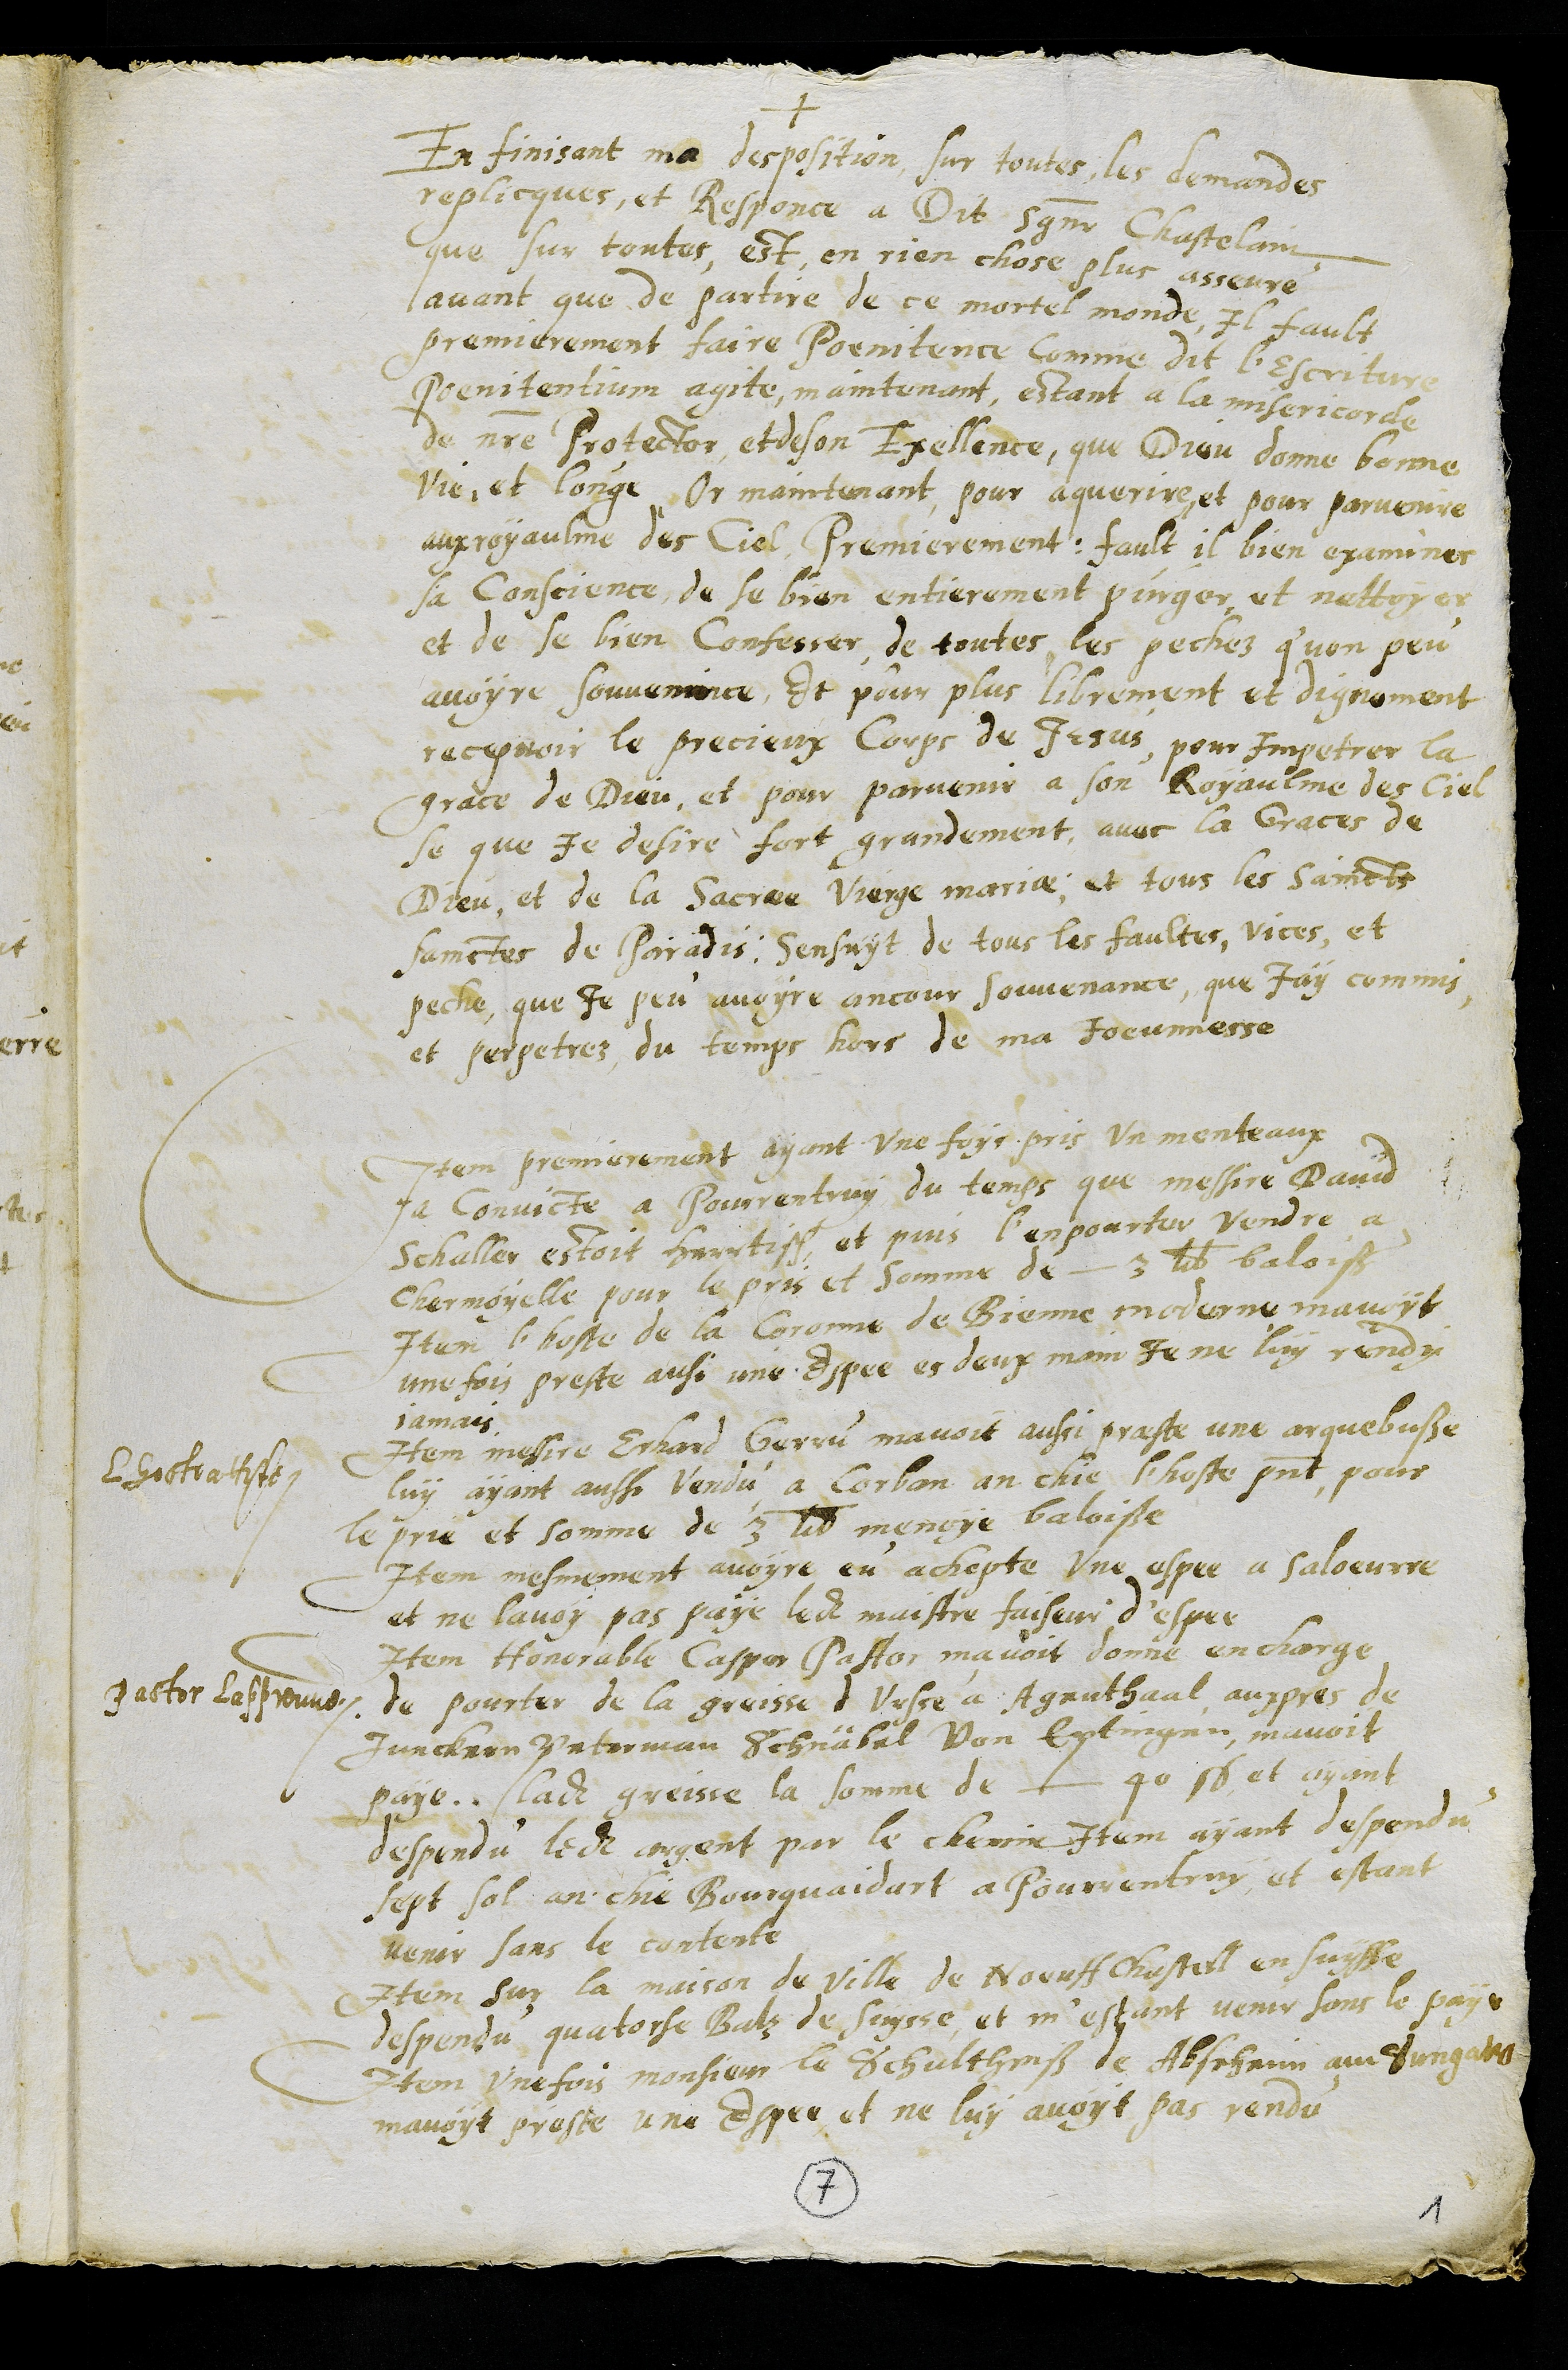
+
En finisant ma desposition, sur toutes les demandes
replicques, et Responce a Dit Seigneur Chastelain
que sur toutes, est en rien chose plus asseuré
avant que de partire de ce mortel monde, il fault
premierement faire Poenitence comme dit l’Escriture
Poenitentium agite, maintenant, estant a la misericorde
de notre Protector, et de son Excellence, que Dieu donne bonne
vie et longe. Or maintenant, pour aquerire, et pour parvenire
au royaulme des Ciel, Premierement, fault il bien examiner
sa conscience, de se bien entierement purger et nettoyer
et de se bien confesser de toutes les pechez quon peu
avoyre souvenir, et pour plus librement et dignement
recepvoir le precieux Corps de Jesus, pour impetrer la
grace de Dieu et pour parvenir a son Royaulme des Ciel
se que je desire fort grandement, avec la Graces de
Dieu, et de la Sacree Vierge mariae, et tous les Saincts
Sainctes de Paradis, sensuyt de tous les faultes, vices, et
peche que je peu avoir ancour souvenance, que Jay commis
et perpetrez du temps hors de ma Joeunnesse
Item premierement ayant une fois pris un menteaux
a convicte a Pourrentruy du temps que messire David
schaller estoit herrtisch, et puis l’enpourter vendre a
Charmoyelle pour le pris et somme de 3 lb balois,
Item lhoste de la Coronne de Bienne moderne mavoyt
une fois preste aussi une espee es deux main Je ne luy rendy
jamais
Item messire Echard Gerru mavoit aussi praeste une arquebuße
luy ayant aussi vendu a Corban en chie lhoste present pour
le prie et somme de 3 lb menoye baloiße
Lhoste atteste
Item mesmement avoyre eu achepte une espee a Saloeurre
et ne lavoy pas paye ledit maistre faiseur d'espee
Item Honorable Caspar Pastor mavoit donne encharge
de pourter de la graisse d’Urse a Agenthaal aupres de
Junckern Peterman Schnäbel von Eptingen, m'avoit
paye ladite greisse la somme de 40 s. et ayant
despondu ledit argent par le chemin
Pastor lapprouve
Item ayant despendu
sept sol an chie Bourquaidart a Pourrentruy et estant
venir sans le contente
Item sur la maison de ville de Noeuff chastell en Suysse,
despondu quatorse Balz de Suysse, et m’estant venir sans le paye
Item une fois monsieur le Schultheiß de Abseheim au Sungaw
mavoyt preste une Espee, et ne luy avoyt pas rendu
7
1